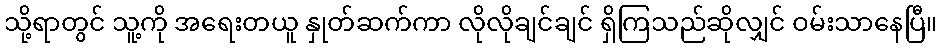
သို့ရာတွင် သူ့ကို အရေးတယူ နှုတ်ဆက်ကာ လိုလိုချင်ချင် ရှိကြသည်ဆိုလျှင် ဝမ်းသာနေပြီ။